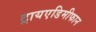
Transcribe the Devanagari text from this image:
ट्रायएडिमीफान